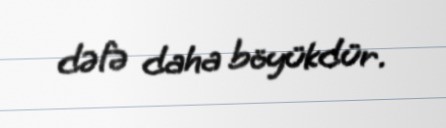
dəfə daha böyükdür.